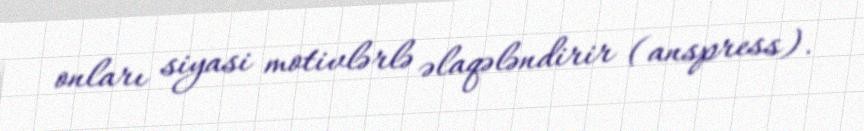
onları siyasi motivlərlə əlaqələndirir (anspress).